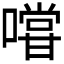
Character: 𭋌